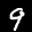
Label: 9